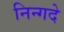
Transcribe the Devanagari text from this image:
निन्गदे